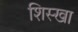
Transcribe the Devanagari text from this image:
शिस्खा